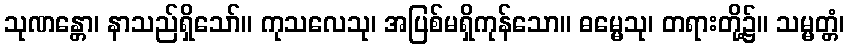
သုဏန္တော၊ နာသည်ရှိသော်။ ကုသလေသု၊ အပြစ်မရှိကုန်သော။ ဓမ္မေသု၊ တရားတို့၌။ သမ္မတ္တံ၊